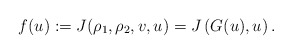
\begin{align*} f(u) := J (\rho_1, \rho_2, v, u) = J\left(G(u),u\right).\end{align*}